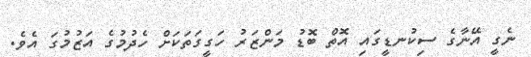
ނެގީ އޭނާގެ ސިކުނޑީގައި އޮތް ބޮޑު މަންޒަރު ހަގީގަތަކަށް ހެދުމުގެ އަޒުމުގަ އެވެ.